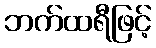
ဘက်ထရီဖြင့်